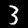
Digit: 3